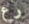
رع